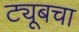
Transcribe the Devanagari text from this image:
ट्यूबचा